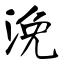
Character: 浼